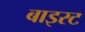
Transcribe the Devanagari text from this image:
बाइरट